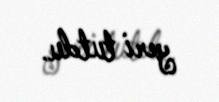
yeri tutdu.